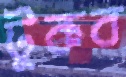
টুকব